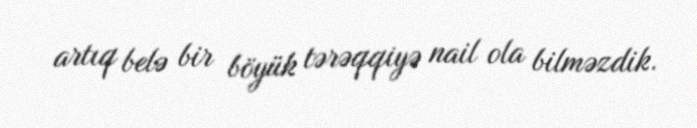
artıq belə bir böyük tərəqqiyə nail ola bilməzdik.